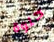
حلوة